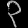
Digit: ၃